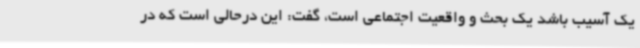
یک آسیب باشد یک بحث و واقعیت اجتماعی است، گفت: این درحالی است که در